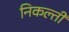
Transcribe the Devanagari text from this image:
निकल्ती